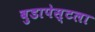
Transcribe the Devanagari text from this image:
बुडापेस्टला